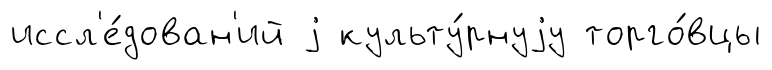
иссл'е́дован'ий j культу́рнуjу торго́вцы